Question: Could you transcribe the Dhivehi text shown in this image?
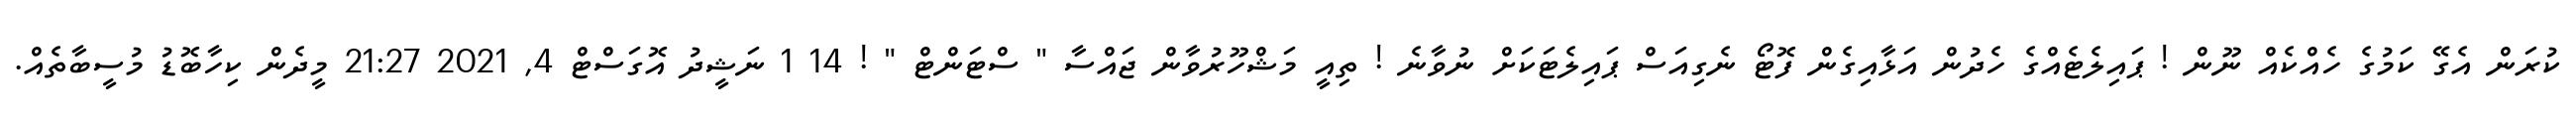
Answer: ކުރަން އެގޭ ކަމުގެ ހެއްކެއް ނޫން ! ޕައިލެޓެއްގެ ހެދުން އަޅާއިގެން ފޮޓޯ ނެގިއަސް ޕައިލެޓަކަށް ނުވާނެ ! ތިއީ މަޝްހޫރުވާން ޖައްސާ " ސްޓަންޓް " ! 14 1 ނަޝީދު އޮގަސްޓް 4, 2021 21:27 މީދެން ކިހާބޮޑު މުސީބާތެއް.